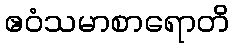
ဧဝံသမာစာရောတိ